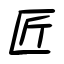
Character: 匠